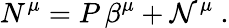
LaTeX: N^{\mu}=P\, \beta^{\mu}+{\cal N}^{\mu}~.